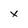
Character: x